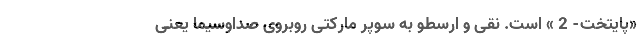
«پایتخت- 2 » است. نقی و ارسطو به سوپر مارکتی روبروی صداوسیما یعنی